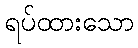
ရပ်ထားသော